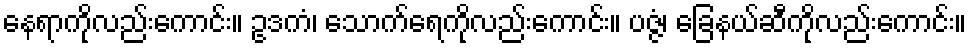
နေရာကိုလည်းကောင်း။ ဥဒကံ၊ သောက်ရေကိုလည်းကောင်း။ ပဇ္ဇံ၊ ခြေနယ်ဆီကိုလည်းကောင်း။